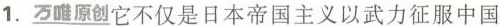
1.万唯原创它不仅是日本帝国主义以武力征服中国